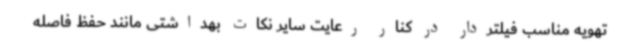
تهویه مناسب فیلتردار در کنار رعایت سایر نکات بهداشتی مانند حفظ فاصله